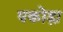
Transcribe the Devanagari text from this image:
पकोड़ा़